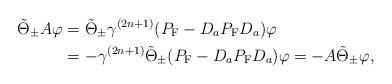
LaTeX: \begin{align*}\tilde{\Theta}_\pm A\varphi &=\tilde{\Theta}_\pm \gamma^{(2n+1)}(P_{\rm F}-D_aP_{\rm F}D_a)\varphi\\&=-\gamma^{(2n+1)}\tilde{\Theta}_\pm(P_{\rm F}-D_aP_{\rm F}D_a)\varphi=-A\tilde{\Theta}_\pm \varphi,\end{align*}